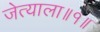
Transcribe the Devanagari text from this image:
जेत्याला॥१॥